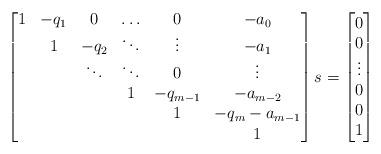
LaTeX: \begin{align*}\begin{bmatrix}1 & -q_1 & 0 & \ldots & 0 & -a_0 \\ & 1 & -q_2 & \ddots & \vdots & -a_1 \\ & & \ddots & \ddots & 0 & \vdots \\ & & & 1 & -q_{m-1} & -a_{m-2} \\ & & & & 1 & -q_m -a_{m-1} \\ & & & & & 1\end{bmatrix}s = \begin{bmatrix}0 \\ 0 \\ \vdots \\ 0 \\ 0 \\ 1\end{bmatrix}\end{align*}